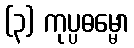
(၃) ကုပ္ပဓမ္မော